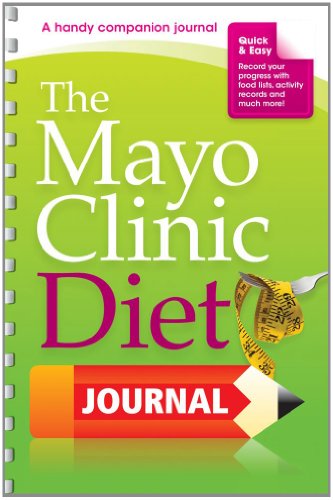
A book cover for The Mayo Clinic Diet Journal: A handy companion journal; the weight-loss experts at Mayo Clinic; Health, Fitness & Dieting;